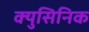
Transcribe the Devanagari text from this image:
क्युसिनिक